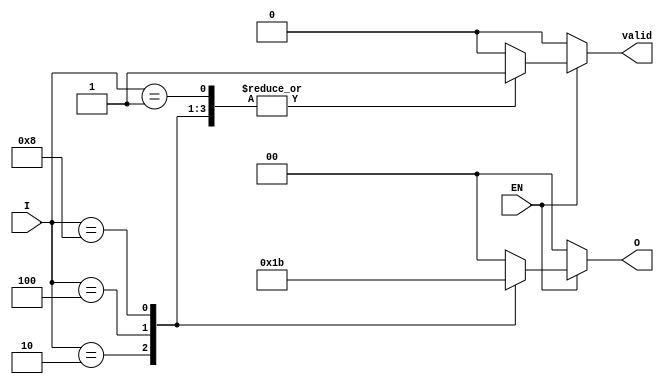
module one_of_n_encoder (
    input wire [3:0] I,  // N input lines
    input wire EN,       // Enable signal
    output reg [1:0] O,  // M output lines
    output reg valid     // Output validity indicator
);
    
    always @(*) begin
        if (!EN) begin
            O = 2'b00;   // Default output when disabled
            valid = 0;   // Invalid output
        end else begin
            case (I)
                4'b0001: begin O = 2'b00; valid = 1; end // Input 0 active
                4'b0010: begin O = 2'b01; valid = 1; end // Input 1 active
                4'b0100: begin O = 2'b10; valid = 1; end // Input 2 active
                4'b1000: begin O = 2'b11; valid = 1; end // Input 3 active
                default: begin O = 2'b00; valid = 0; end // No input active or multiple active
            endcase
        end
    end

endmodule